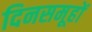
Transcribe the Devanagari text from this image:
दिनसमूहों